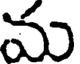
మ